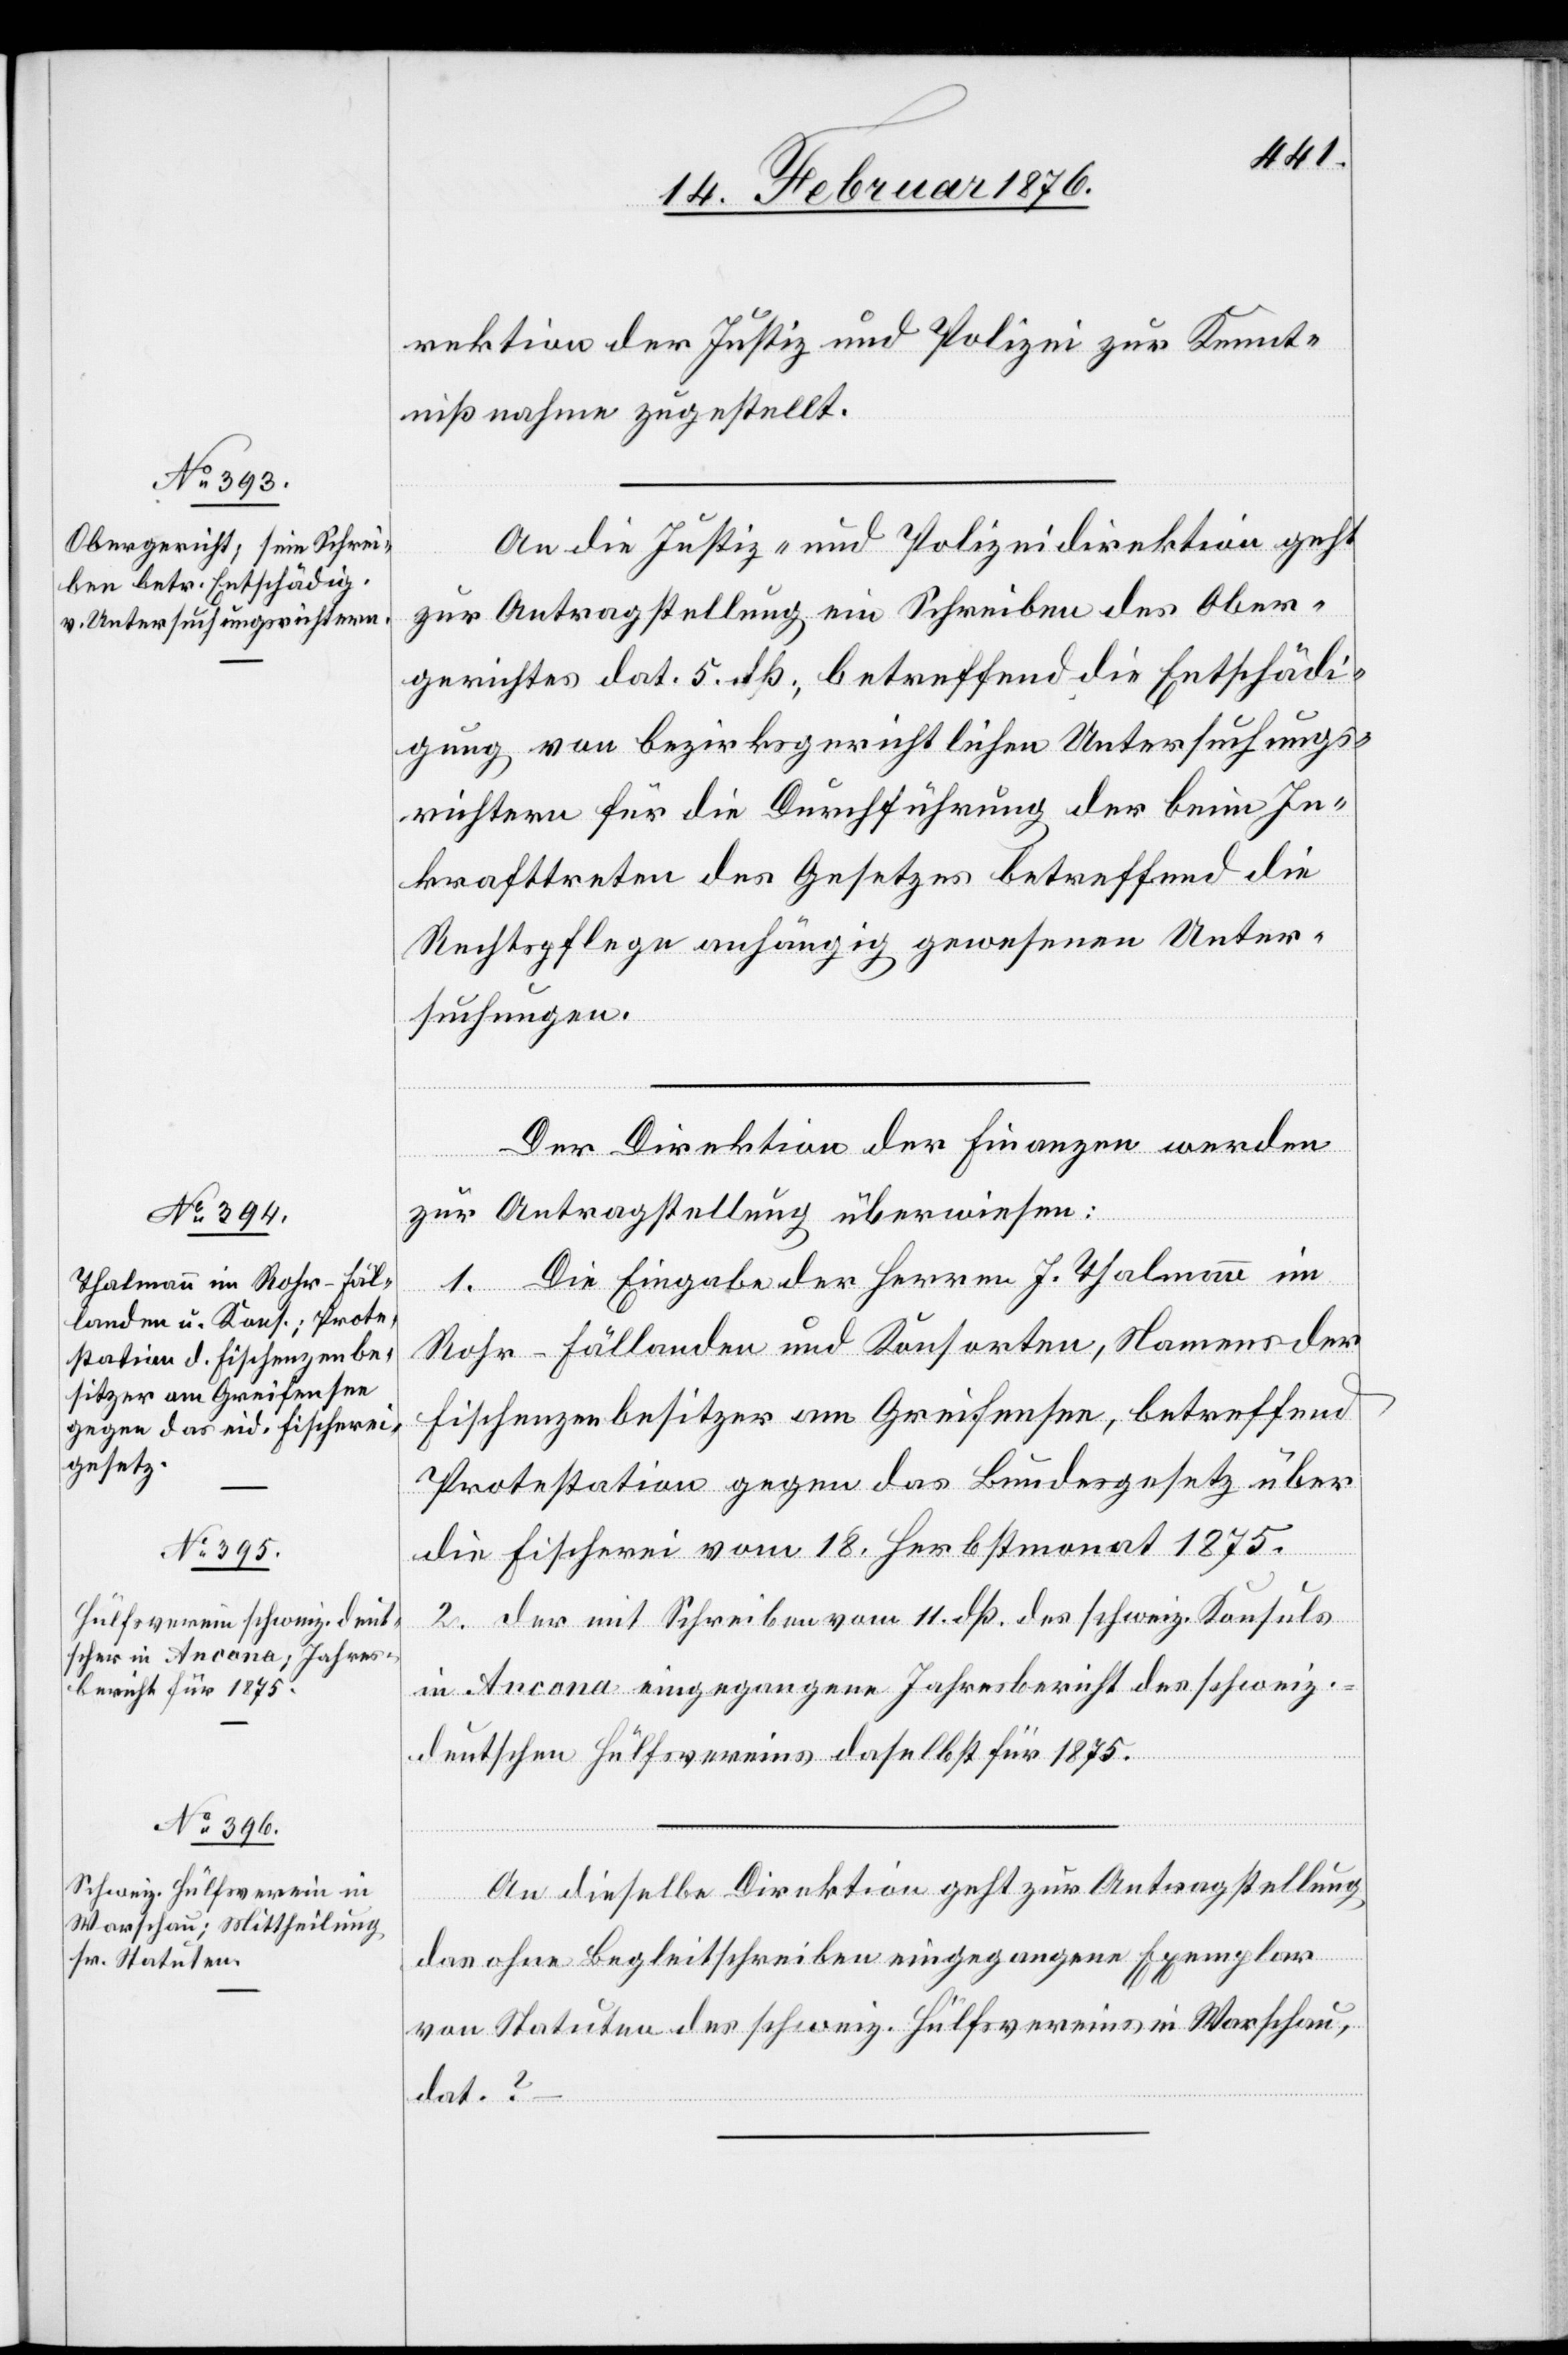
14. Februar 1876.]
rektion der Justiz und Polizei zur Kennt¬
nißnahme zugestellt.
An die Justiz- und Polizeidirektion geht
zur Antragstellung ein Schreiben des Ober¬
gerichtes dat. dß., betreffend die Entschädi¬
gung von bezirksgerichtlichen Untersuchungs¬
richtern für die Durchführung der beim In¬
krafttreten des Gesetzes betreffend die
Rechtspflege anhängig gewesenen Unter¬
suchungen.
Der Direktion der Finanzen werden
zur Antragstellung überwiesen:
des Innern Eingabe der Herren J. Thalmann im
Rohr-Fällanden und Konsorten, Namens der
Fischenzenbesitzer am Greifensee, betreffend
Protestation gegen das Bundesgesetz über
die Fischerei vom 18. Herbstmonat 1875.
2. der mit Schreiben vom 11. dß. des schweiz. Konsuls
in Ancona eingegangene Jahresbericht des schweiz.-d¬
eutschen Hülsvereins daselbst für 1875.
An dieselbe Direktion geht zur Antragstellung
das ohne Begleitschreiben eingegangene Exemplar
von Statuten des schweiz. Hülfsvereins in Warschau,
dat. ?